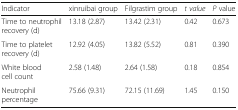
<table><thead><tr><td><b>Indicator</b></td><td><b>xinruibai group</b></td><td><b>Filgrastim group</b></td><td><b><i>t value</i></b></td><td><b><i>P</i> value</b></td></tr></thead><tbody><tr><td>Time to neutrophil recovery (d)</td><td>13.18 (2.87)</td><td>13.42 (2.31)</td><td>0.42</td><td>0.673</td></tr><tr><td>Time to platelet recovery (d)</td><td>12.92 (4.05)</td><td>13.82 (5.52)</td><td>0.81</td><td>0.390</td></tr><tr><td>White blood cell count</td><td>2.58 (1.48)</td><td>2.64 (1.58)</td><td>0.18</td><td>0.854</td></tr><tr><td>Neutrophil percentage</td><td>75.66 (9.31)</td><td>72.15 (11.69)</td><td>1.45</td><td>0.150</td></tr></tbody></table>